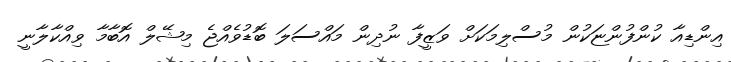
އިންޑިއާ ކުންފުންޏަކުން މުސްލިމަކަށް ވަޒީފާ ނުދިން މައްސަލަ ބޮޑުވެއްޖެ މިޝޭލް އޮބާމާ ވިއްކާލާނީ